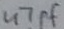
Text: 47pF